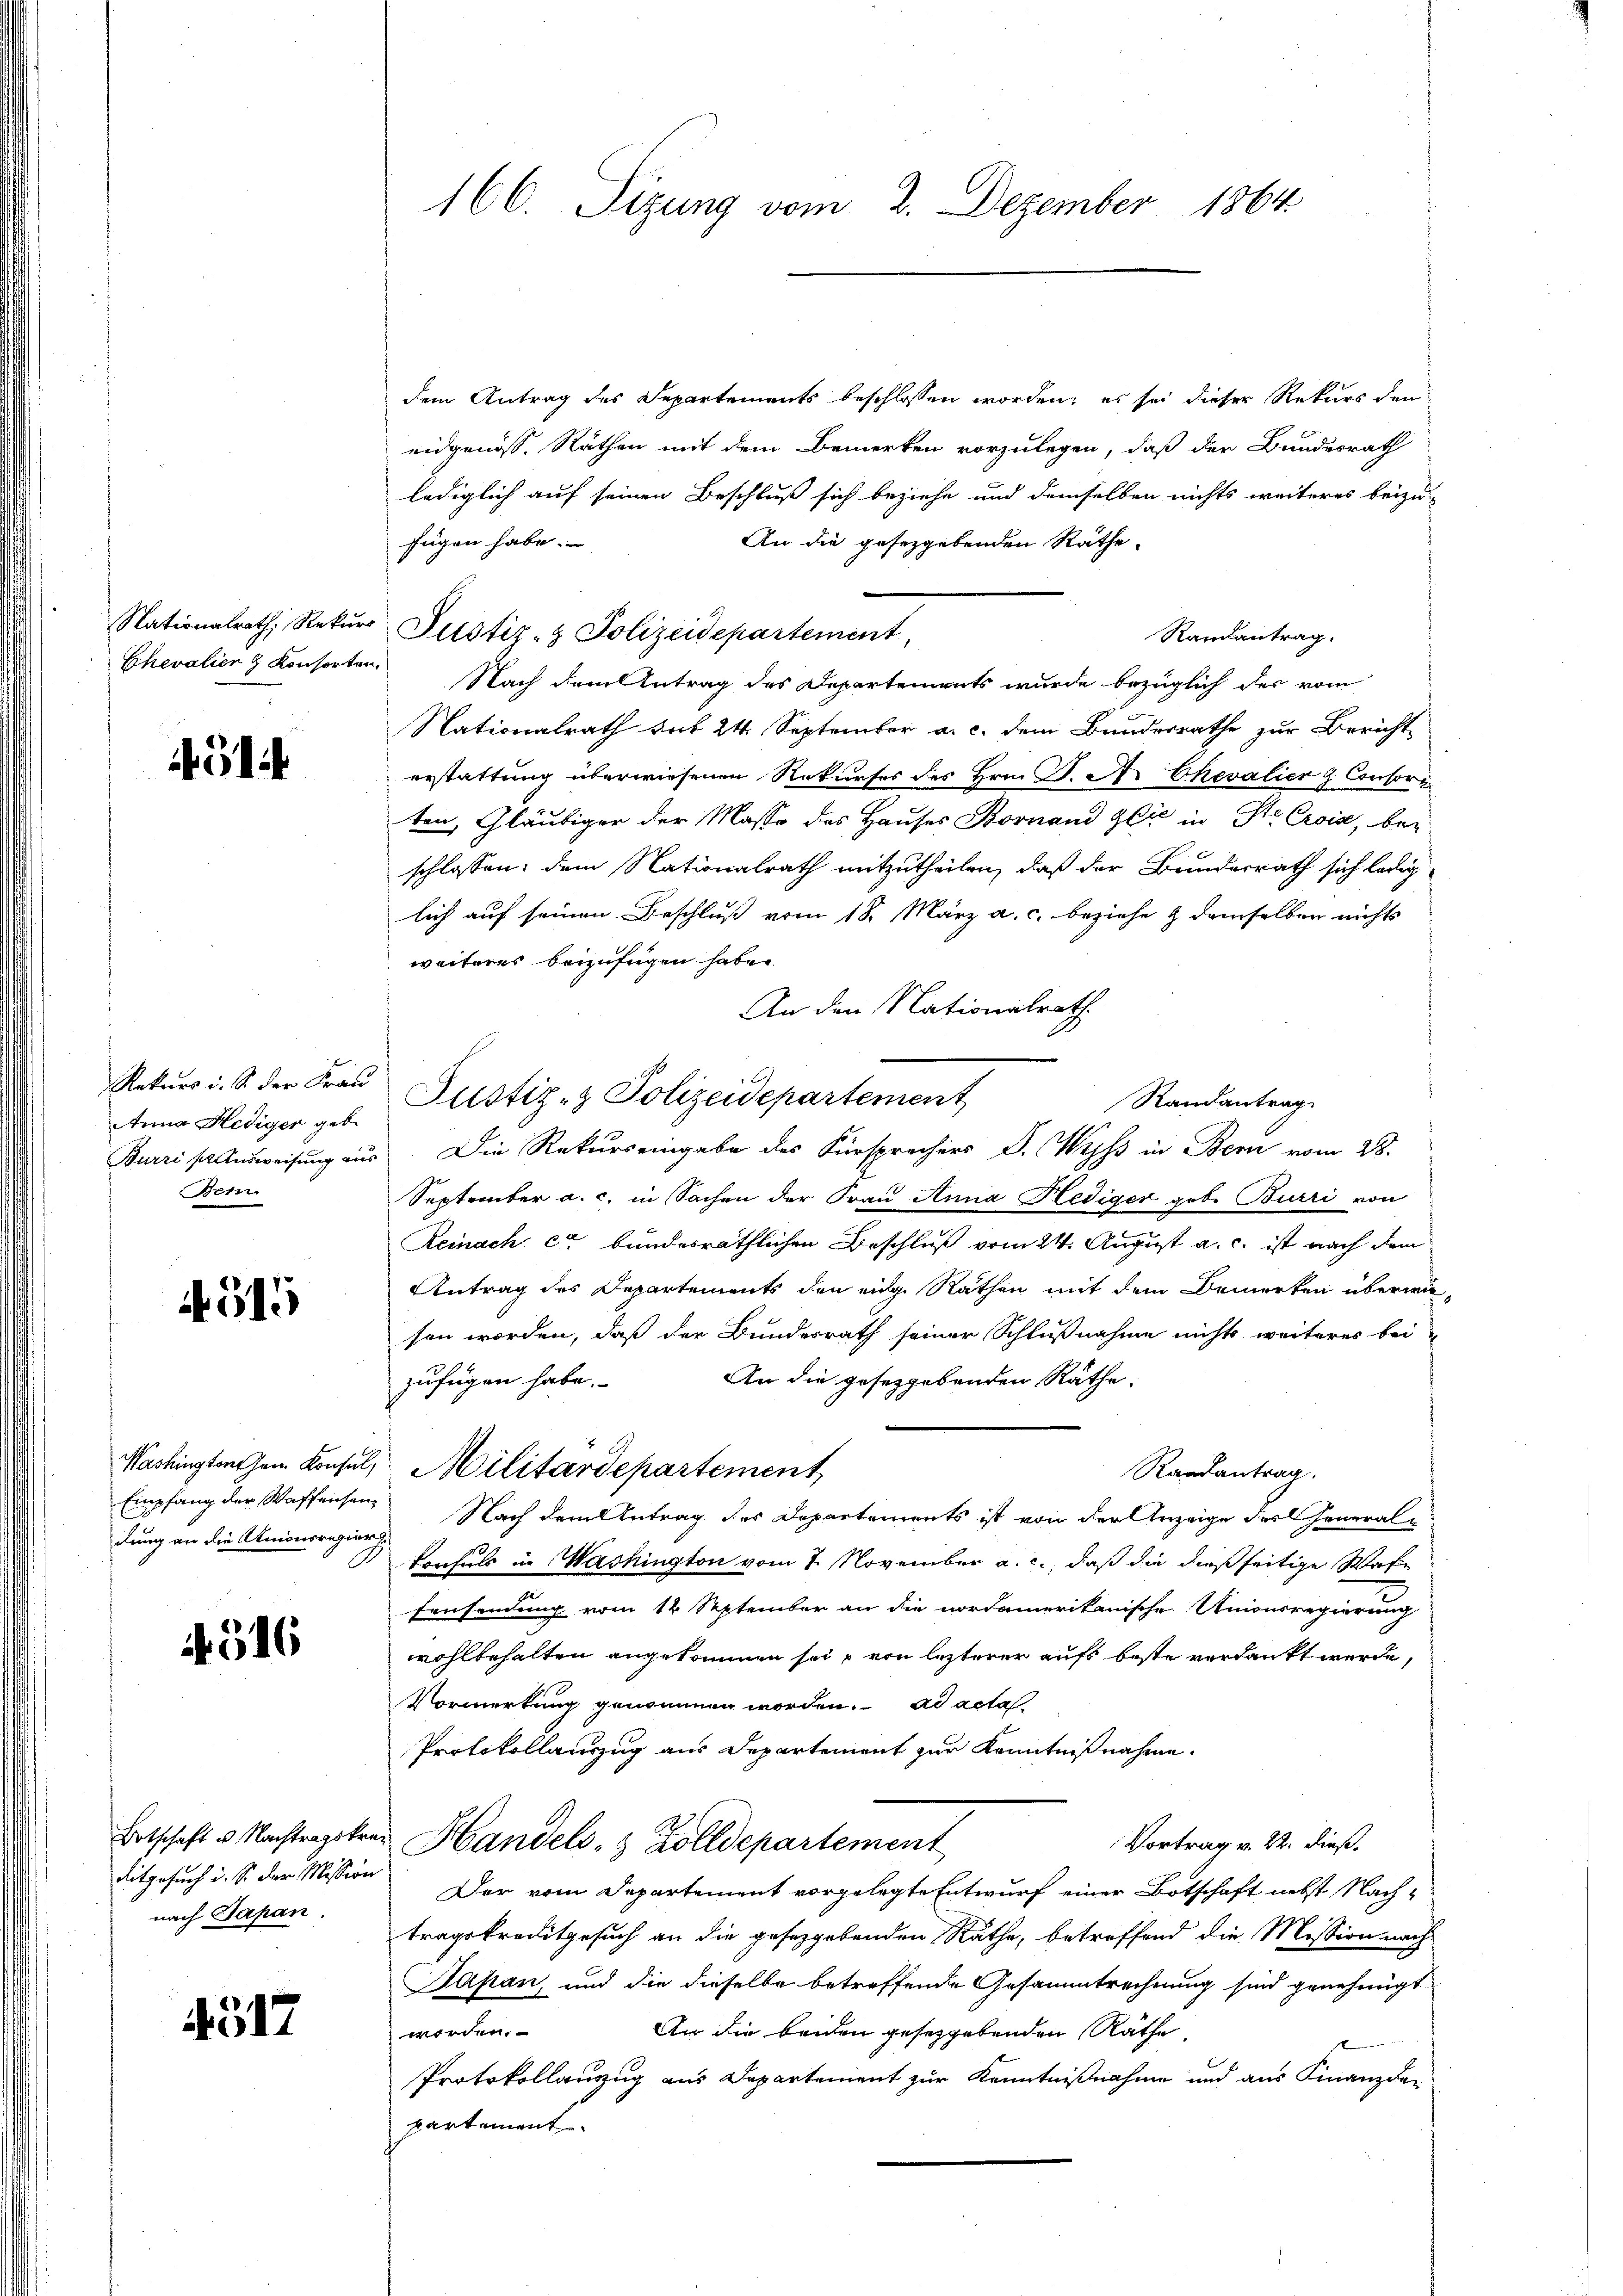
Nationalrath, Rekurs
Chevalier & Konsorten

G14

Rekurs i. S. der Frau
Anna Hediger gebe
Burzi sollensweisung aus
Bern.

4515

Washingtons Herr Konsul,
Empfang der Waffensen
dung an die Antonsregier

516

Botschaft u. Nachtragskre
ditgesuch u. So der Mission
nach Japan.

4517

166. Sizung vom 2. Dezember 1864

dem Antrag des Departements beschlossen worden; es sei dieser Rekurs den
eidgenöss. Räthen mit dem Bemerken vorzulegen, daß der Bundesrath
lediglich auf seinen Beschluß sich beziehe und demselben nichts weiteres beizu-
An die gesetzgebenden Räthe
fügen habe.
Justiz- & Polizeidepartement,
Ramantrag.
Nach dem Antrag des Departements wurde bezüglich des vom
Nationalrath hat 24. September a. c. dem Bundesrathe zur Bericht
erstattung überwiesenen Rekurses des Hrn. J. A. Chevalier & Consort
ten, Gläubiger der Masse des Hauses Bornand gli in Ste Crois, bei
schlossen, dem Nationalrath mitzutheilen, daß der Bundesrath sich ledig
lich auf seinen Beschluß vom 18. März a. c. beziehe & demselben nichts
weiteres beizufügen habe.
An den Nationalrath
Randantrag
Die Rekurs eingabe des Fürsprochers D. Wyss in Bern vom 28.
September a. c. in Sachen der Frau Anna Hediger gob. Burri von
Reinach c bundesräthlichen Beschluß vom 24. August a. c. ist nach dem
Antrag des Departements den eine Rathen mit dem Bemerken überwie-
sen worden, daß der Bundesrath seiner Schlußnahme nichts weiteres bei
An die gesetzgebenden Räthe.
zufügen habe.
 Militärdepartement,
Randantrag.
 Nach dem Antrag des Departements ist von der Anzeige des General-
konsuls in Washington vom 7. November a. c., daß die dießseitige Waffensendung vom 12. September an die nordamerikanische Unionsregierung
wohlbehalten angekommen sei u von lezterer aufs beste verdankt werde,
Vormerkung genommen worden. ad acta
Protokollauszug aus Departement zur Kenntnißnahme.
Vortrag v. 22. dieß.
u Handels- & Zolldepartement
Der vom Departement vorgelegte Entwurf einer Botschaft nebst Nach-
tragskreditgesuch an die gesetzgebenden Räthe, betreffend die Mission nach
Japan, und die dieselbe betreffende Gesammtrechnung sind genehmigt
An die beiden gesetzgebenden Räthe
worden.
Protokollanzug aus Departement zur Kenntnißnahme und aus Finanzde-
partement

Justiz- & Polizeidepartement